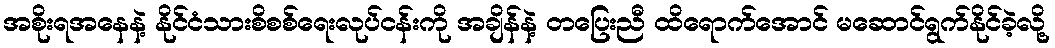
အစိုးရအနေနဲ့ နိုင်ငံသားစိစစ်ရေးလုပ်ငန်းကို အချိန်နဲ့ တပြေးညီ ထိရောက်အောင် မဆောင်ရွက်နိုင်ခဲ့လို့